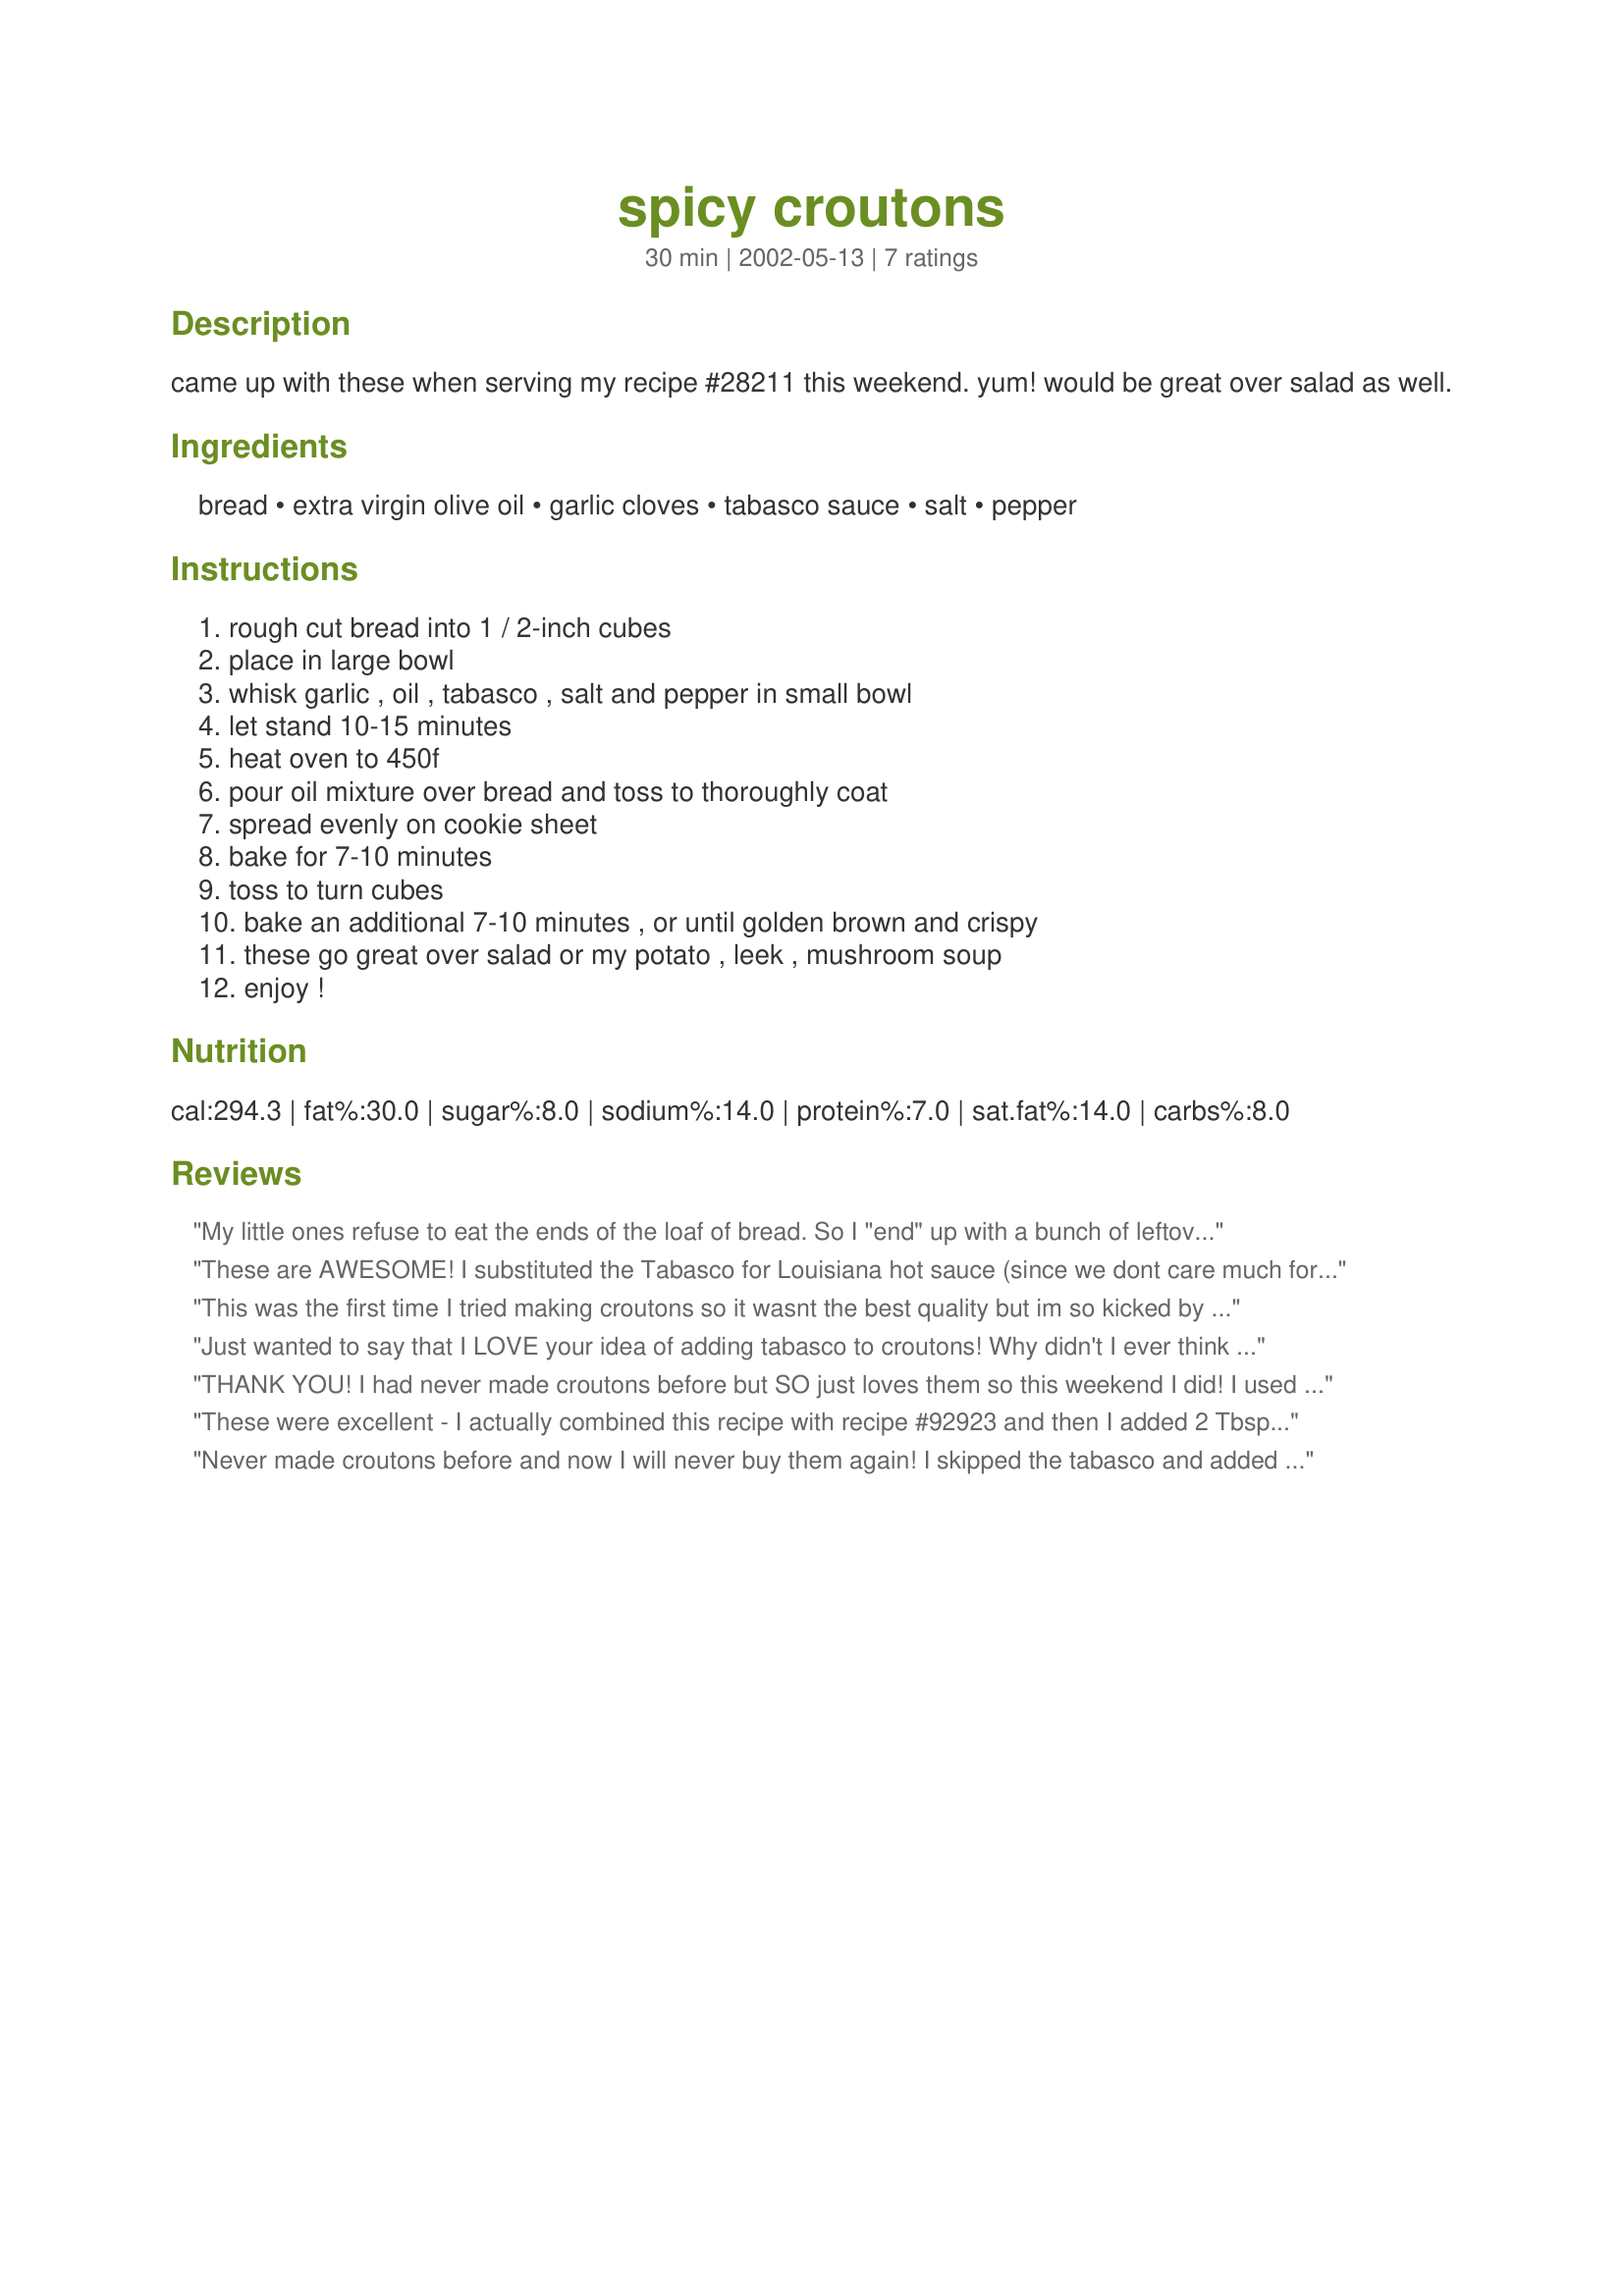
spicy croutons
Preparation time: 30 minutes

came up with these when serving my recipe #28211 this weekend. yum! would be great over salad as well.

Ingredients:
bread, extra virgin olive oil, garlic cloves, tabasco sauce, salt, pepper

Steps:
rough cut bread into 1 / 2-inch cubes, place in large bowl, whisk garlic , oil , tabasco , salt and pepper in small bowl, let stand 10-15 minutes, heat oven to 450f, pour oil mixture over bread and toss to thoroughly coat, spread evenly on cookie sheet, bake for 7-10 minutes, toss to turn cubes, bake an additional 7-10 minutes , or until golden brown and crispy, these go great over salad or my potato , leek , mushroom soup, enjoy !

Reviews:
My little ones refuse to eat the ends of the loaf of bread. So I "end" up with a bunch of leftover pieces. I usually shred the pieces to use in bread pudding, stuffing, crumbs, etc. This is my newest favorite use for those leftovers. Soooo good! DH, couldn't get enough. I served them with your wonderful mushroom potato soup (also delish). Thanks Lisa!
These are AWESOME! I substituted the Tabasco for Louisiana hot sauce (since we dont care much for tabasco) and we had these on a grilled chicken salad with blue cheese! Almost like a Hot Wing Salad :) YUMMY!
This was the first time I tried making croutons so it wasnt the best quality but im so kicked by the idea that "hey I can make croutons at home". No more store-bought croutons for me. I substituted tabasco sauce with chilli sauce and they turned out really crispy. The only problem was that the sauce didnt mix very well so some croutons were more salty than the other and so on. But all in all a great recipe!!! Thanx Lisa.
Just wanted to say that I LOVE your idea of adding tabasco to croutons! Why didn't I ever think of that?!
THANK YOU! I had never made croutons before but SO just loves them so this weekend I did! I used this loaf of hard french bread (it was too hard for regular bread, so this was great, I didn't waste it)! I (of course) increased the garlic to 4 cloves and sprinkeled some parmesean cheese in the mix. It's too hot here for soup right now, so I'll try that next fall! Thank you again!
These were excellent - I actually combined this recipe with recipe #92923 and then I added 2 Tbsp parmesan cheese as well.
Never made croutons before and now I will never buy them again! I skipped the tabasco and added fresh parmesean instead. They are good enough to snack on! I've made several times now and any day-old bread seems to work fine. Thanks for a keeper!
